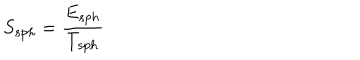
S _ { s p h } = \frac { E _ { s p h } } { T _ { s p h } }